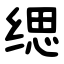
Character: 缌